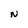
Character: N